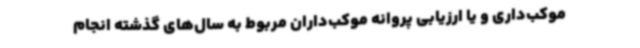
موکب‌داری و یا ارزیابی پروانه موکب‌داران مربوط به سال‌های گذشته انجام